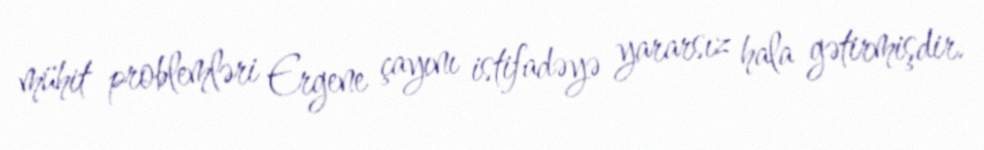
mühit problemləri Ergene çayını istifadəyə yararsız hala gətirmişdir.